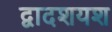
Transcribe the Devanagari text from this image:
द्वादशयश